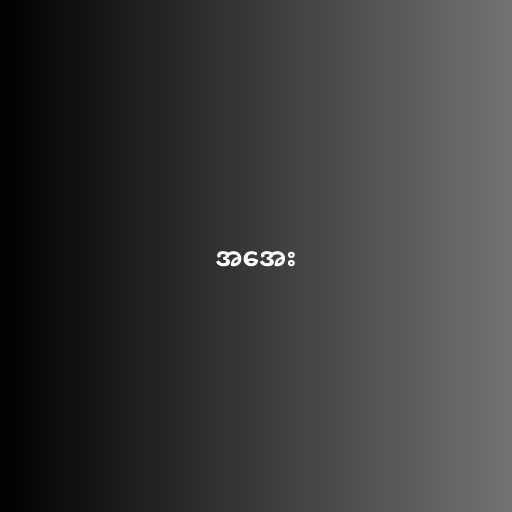
အအေး